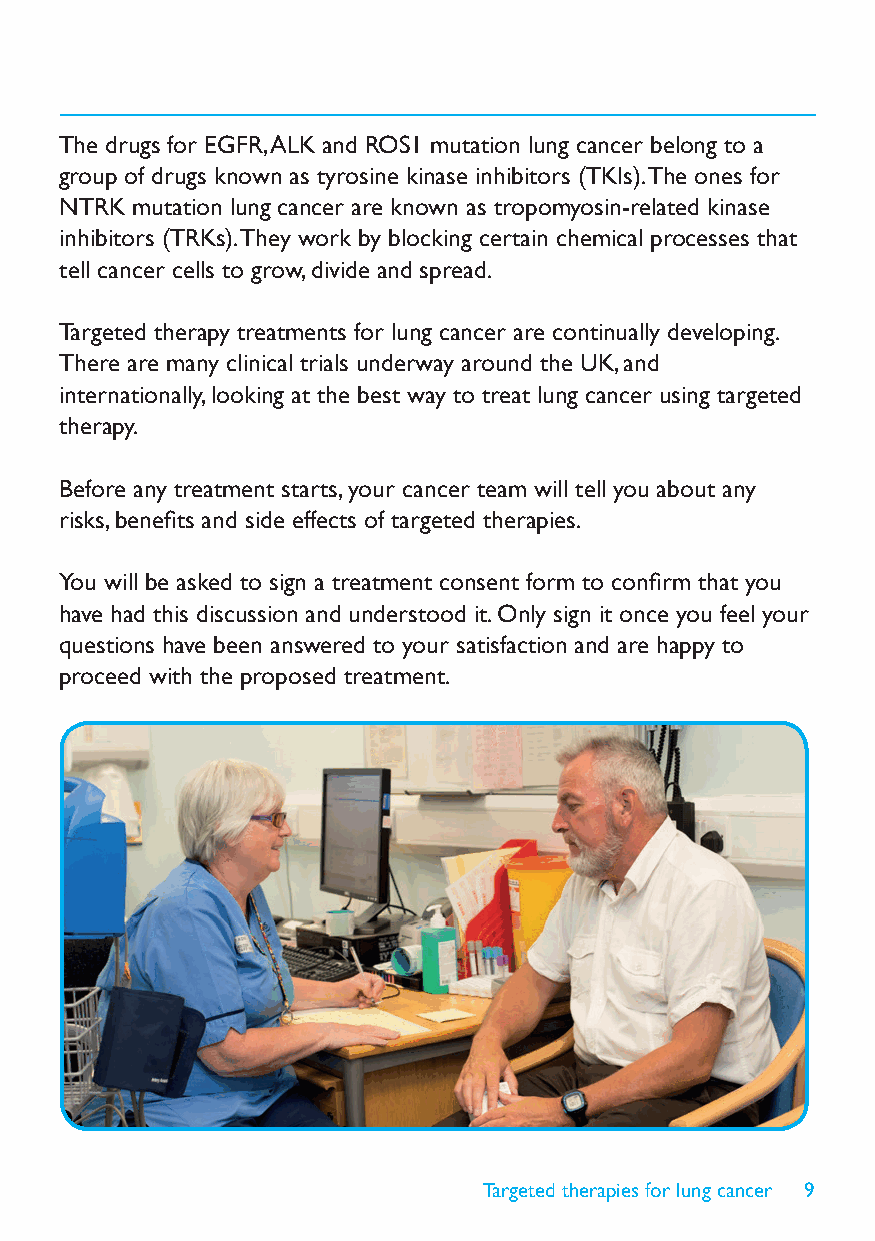
The drugs for EGFR, ALK and ROS1 mutation lung cancer belong to a
 group of drugs known as tyrosine kinase inhibitors (TKIs). The ones for
 NTRK mutation lung cancer are known as tropomyosin-related kinase
 inhibitors (TRKs). They work by blocking certain chemical processes that
 tell cancer cells to grow, divide and spread.
 Targeted therapy treatments for lung cancer are continually developing.
 There are many clinical trials underway around the UK, and
 internationally, looking at the best way to treat lung cancer using targeted
 therapy.
 Before any treatment starts, your cancer team will tell you about any
 risks, benefits and side effects of targeted therapies.
 You will be asked to sign a treatment consent form to confirm that you
 have had this discussion and understood it. Only sign it once you feel your
 questions have been answered to your satisfaction and are happy to
 proceed with the proposed treatment.
 Targeted therapies for lung cancer 9